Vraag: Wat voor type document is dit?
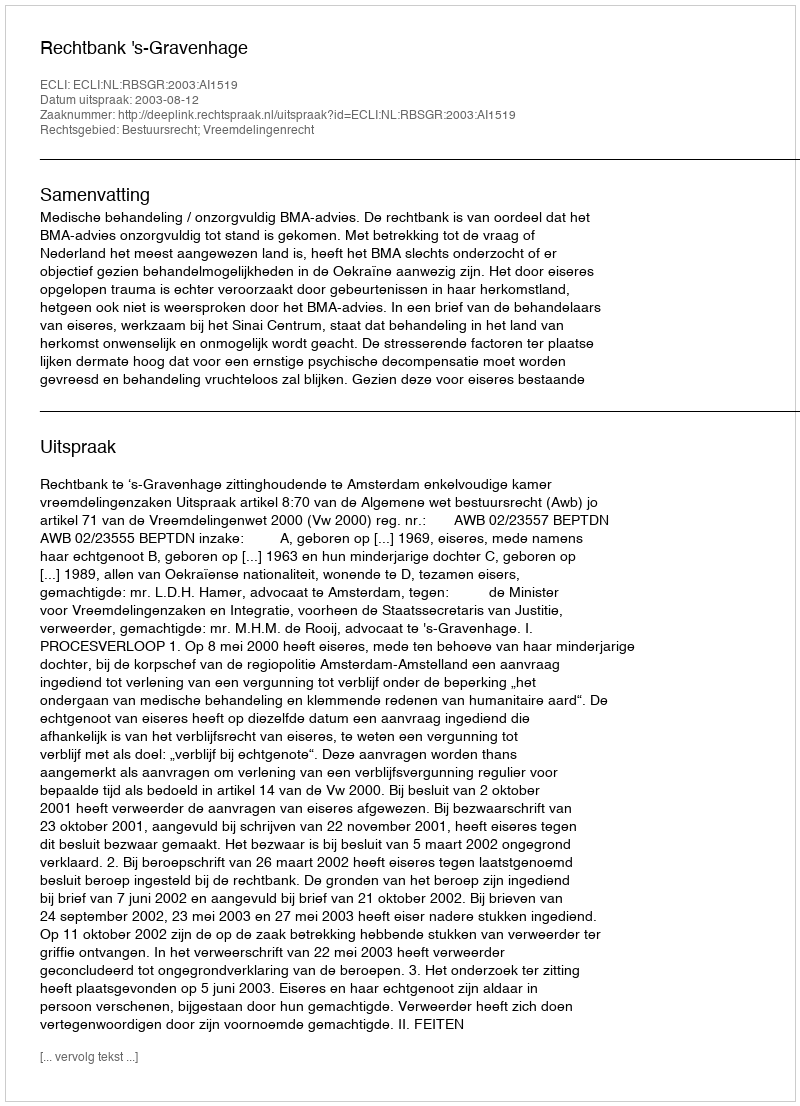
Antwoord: Uitspraak